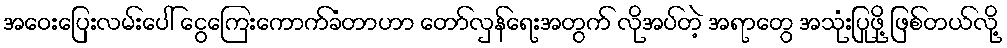
အဝေးပြေးလမ်းပေါ် ငွေကြေးကောက်ခံတာဟာ တော်လှန်ရေးအတွက် လိုအပ်တဲ့ အရာတွေ အသုံးပြုဖို့ ဖြစ်တယ်လို့